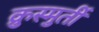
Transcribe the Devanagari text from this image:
क्रुस्मुर्ती